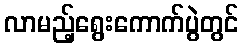
လာမည့်ရွေးကောက်ပွဲတွင်